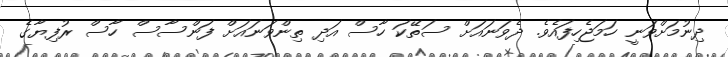
ދިނުމަށްވަނީ ހަމަޖެހިފައެވެ. ދެވަނައަށް ސަތޭކަ ހާސް އަދި ތިންވަނައަށް ފަންސާސް ހާސް ރުފިޔާގެ